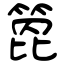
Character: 箆